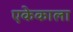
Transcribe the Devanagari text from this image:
एकेकाला